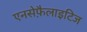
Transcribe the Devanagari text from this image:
एनसेफ़ैलाइटिज